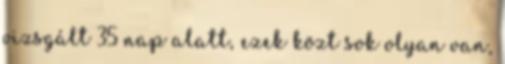
vizsgált 35 nap alatt, ezek közt sok olyan van,